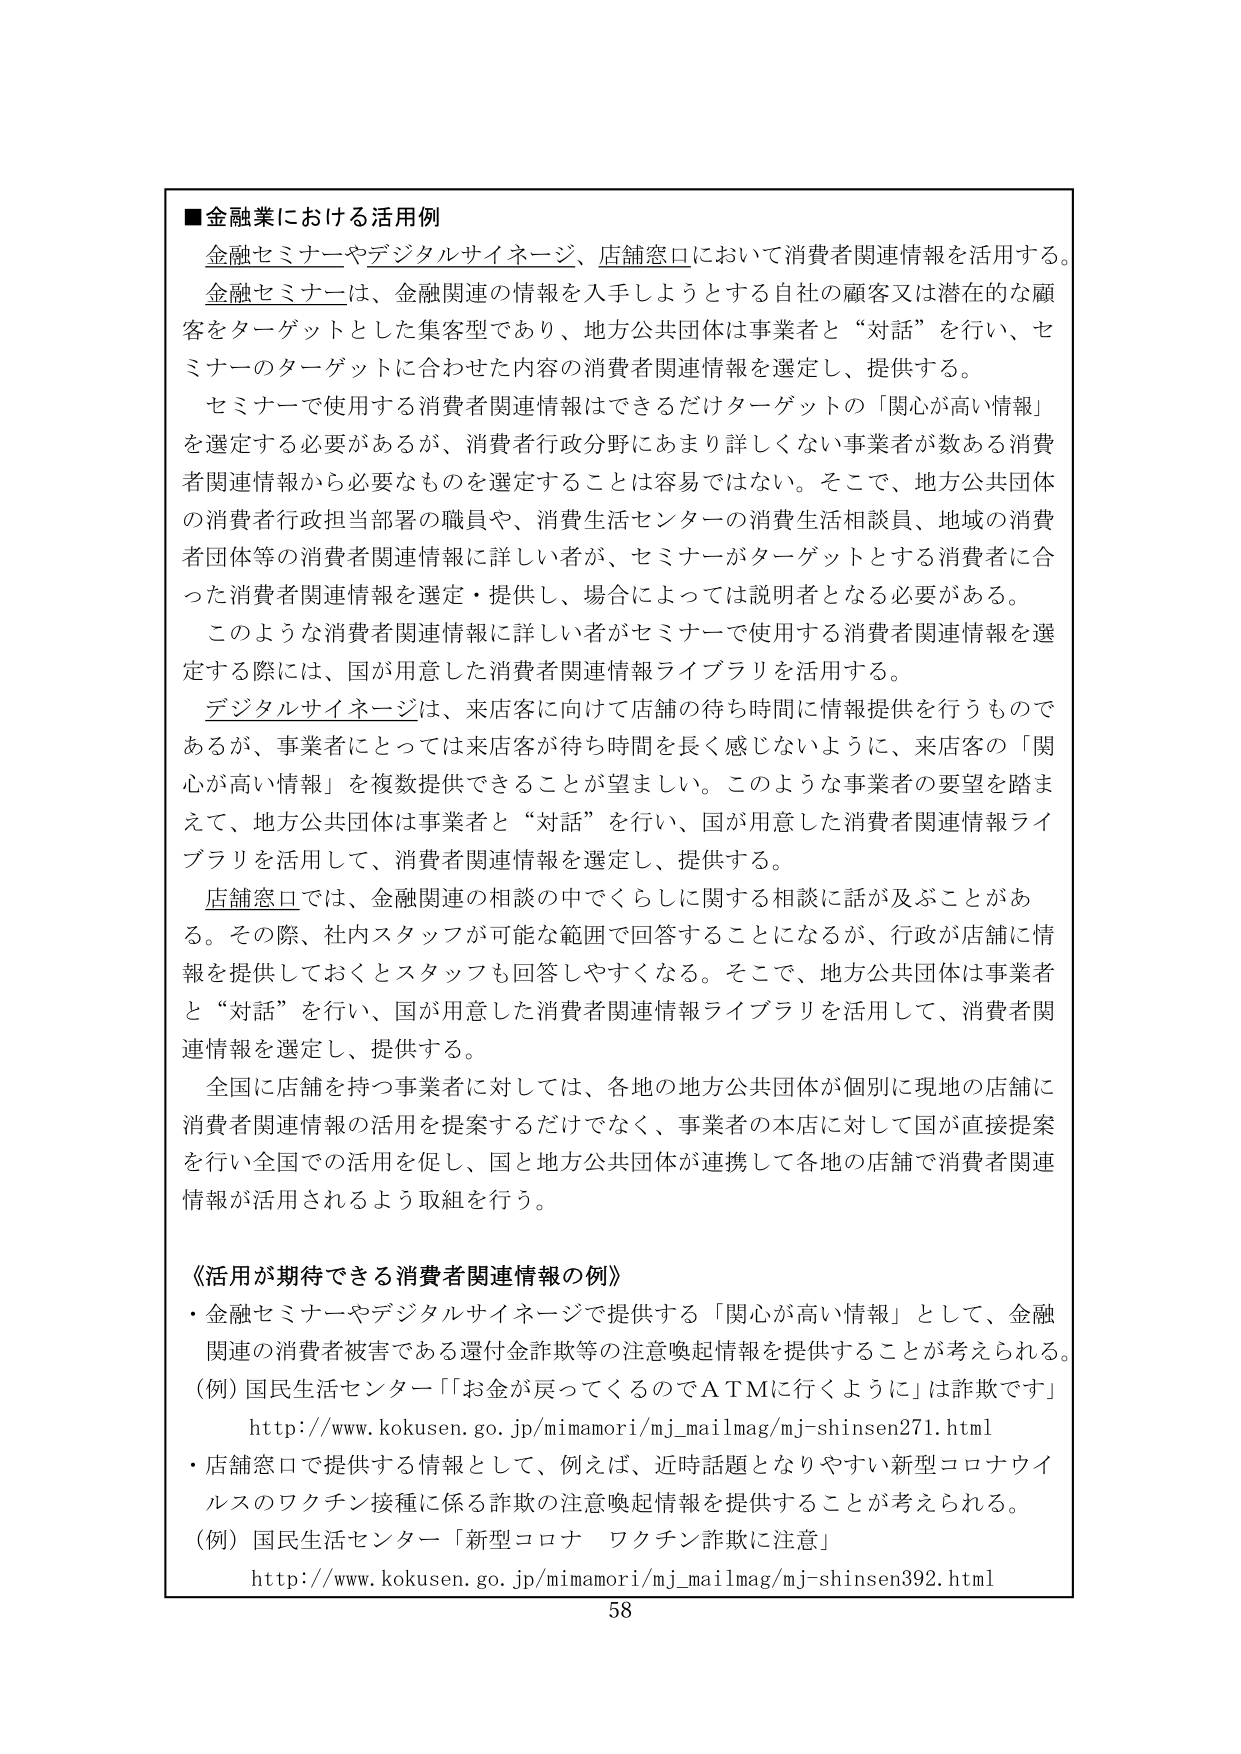
■金融業における活用例
金融セミナーやデジタルサイネージ、店舗窓口において消費者関連情報を活用する。
金融セミナーは、金融関連の情報を入手しようとする自社の顧客又は潜在的な顧客をターゲットとした集客型であり、地方公共団体は事業者と“対話”を行い、セミナーのターゲットに合わせた内容の消費者関連情報を選定し、提供する。
セミナーで使用する消費者関連情報はできるだけターゲットの「関心が高い情報」を選定する必要があるが、消費者行政分野にあまり詳しくない事業者が数ある消費者関連情報から必要なものを選定することは容易ではない。そこで、地方公共団体の消費者行政担当部署の職員や、消費生活センターの消費生活相談員、地域の消費者団体等の消費者関連情報に詳しい者が、セミナーがターゲットとする消費者に合った消費者関連情報を選定・提供し、場合によっては説明者となる必要がある。
このような消費者関連情報に詳しい者がセミナーで使用する消費者関連情報を選定する際には、国が用意した消費者関連情報ライブラリを活用する。
デジタルサイネージは、来店客に向けて店舗の待ち時間に情報提供を行うものであるが、事業者にとっては来店客が待ち時間を長く感じないように、来店客の「関心が高い情報」を複数提供できることが望ましい。このような事業者の要望を踏まえて、地方公共団体は事業者と“対話”を行い、国が用意した消費者関連情報ライブラリを活用して、消費者関連情報を選定し、提供する。
店舗窓口では、金融関連の相談の中でくらしに関する相談に話が及ぶことがある。その際、社内スタッフが可能な範囲で回答することになるが、行政が店舗に情報を提供しておくとスタッフも回答しやすくなる。そこで、地方公共団体は事業者と“対話”を行い、国が用意した消費者関連情報ライブラリを活用して、消費者関連情報を選定し、提供する。
全国に店舗を持つ事業者に対しては、各地の地方公共団体が個別に現地の店舗に消費者関連情報の活用を提案するだけでなく、事業者の本店に対して国が直接提案を行い全国での活用を促し、国と地方公共団体が連携して各地の店舗で消費者関連情報が活用されるよう取組を行う。

《活用が期待できる消費者関連情報の例》
・金融セミナーやデジタルサイネージで提供する「関心が高い情報」として、金融関連の消費者被害である還付金詐欺等の注意喚起情報を提供することが考えられる。
（例）国民生活センター「お金が戻ってくるのでＡＴＭに行くように」は詐欺です」
http://www.kokusen.go.jp/mimamori/mj_mailmag/mj-shinsen271.html
・店舗窓口で提供する情報として、例えば、近時話題となりやすい新型コロナウイルスのワクチン接種に係る詐欺の注意喚起情報を提供することが考えられる。
（例）国民生活センター「新型コロナ ワクチン詐欺に注意」
http://www.kokusen.go.jp/mimamori/mj_mailmag/mj-shinsen392.html

58